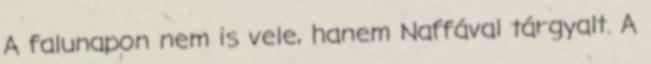
A falunapon nem is vele, hanem Naffával tárgyalt. A